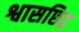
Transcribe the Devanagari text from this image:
श्वासछिद्र